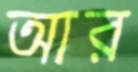
আর